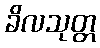
ခိလသုတ္တ